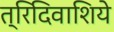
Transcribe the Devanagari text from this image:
त्रिदिवाशिये